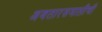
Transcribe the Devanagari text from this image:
अवतारसमाप्तीची